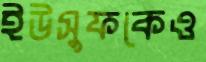
ইউসুফকেও